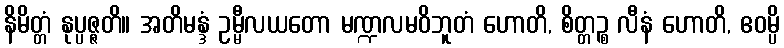
နိမိတ္တံ နုပ္ပဇ္ဇတိ။ အတိမန္ဒံ ဥမ္မီလယတော မဏ္ဍလမဝိဘူတံ ဟောတိ, စိတ္တဉ္စ လီနံ ဟောတိ, ဧဝမ္ပိ